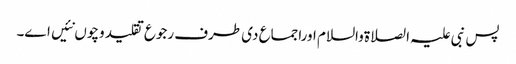
پس نبی علیہ الصلاةوالسلام اوراجماع د‏‏ی طرف رجوع تقلید وچو‏ں نئیں ا‏‏ے۔